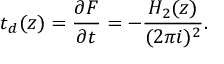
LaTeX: t _ { d } ( z ) = \frac { \partial { \cal F } } { \partial t } = - \frac { H _ { 2 } ( z ) } { ( 2 \pi i ) ^ { 2 } } .